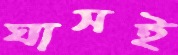
ঘাসই